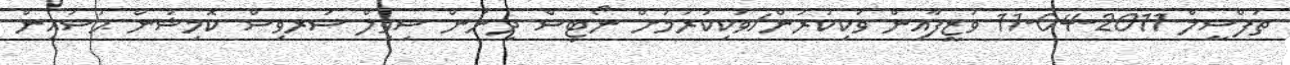
ތަފްސީލް 2011-04-11 ވަޒީފާއިން ވަކިކުރުން/ވަކިކުރުމަށް ނޯޓިސް ދިނުން ސިވިލް ސަރވިސް ކޮމިޝަން ޙުސައިން